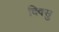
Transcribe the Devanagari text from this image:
दिवसु